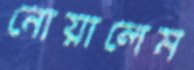
নোয়ালেম